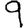
Digit: 9